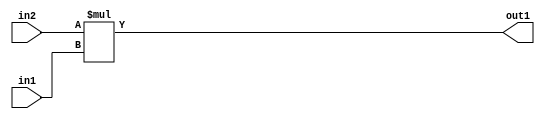
`timescale 1ps / 1ps
/*****************************************************************************
    Verilog RTL Description
    
    
    Created by: Stratus DpOpt 2019.1.01 
*******************************************************************************/

module cache_Mul_5Ux4U_9U_4 (
	in2,
	in1,
	out1
	); /* architecture "behavioural" */ 
input [4:0] in2;
input [3:0] in1;
output [8:0] out1;
wire [8:0] asc001;

assign asc001 = 
	+(in2 * in1);

assign out1 = asc001;
endmodule

/* CADENCE  urn5Sg0= : u9/ySgnWtBlWxVPRXgAZ4Og= ** DO NOT EDIT THIS LINE ******/